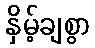
နှိမ့်ချစွာ